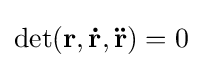
\det(\mathbf {r} ,\mathbf {\dot {r}} ,\mathbf {\ddot {r}} )=0